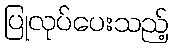
ပြုလုပ်ပေးသည့်